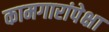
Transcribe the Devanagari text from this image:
कामगारांपेक्षा